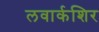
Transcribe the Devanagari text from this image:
लवार्कशिर